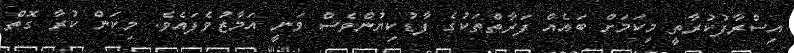
އިސްރާފުކުރާތީ މިކަމަށް ބައެއް ފަރާތްތަކުގެ ފާޑުކިޔުންވެސް ވަނީ އަމާޒުވެފައެވެ. މިކަން ކުރާ ގޮތް